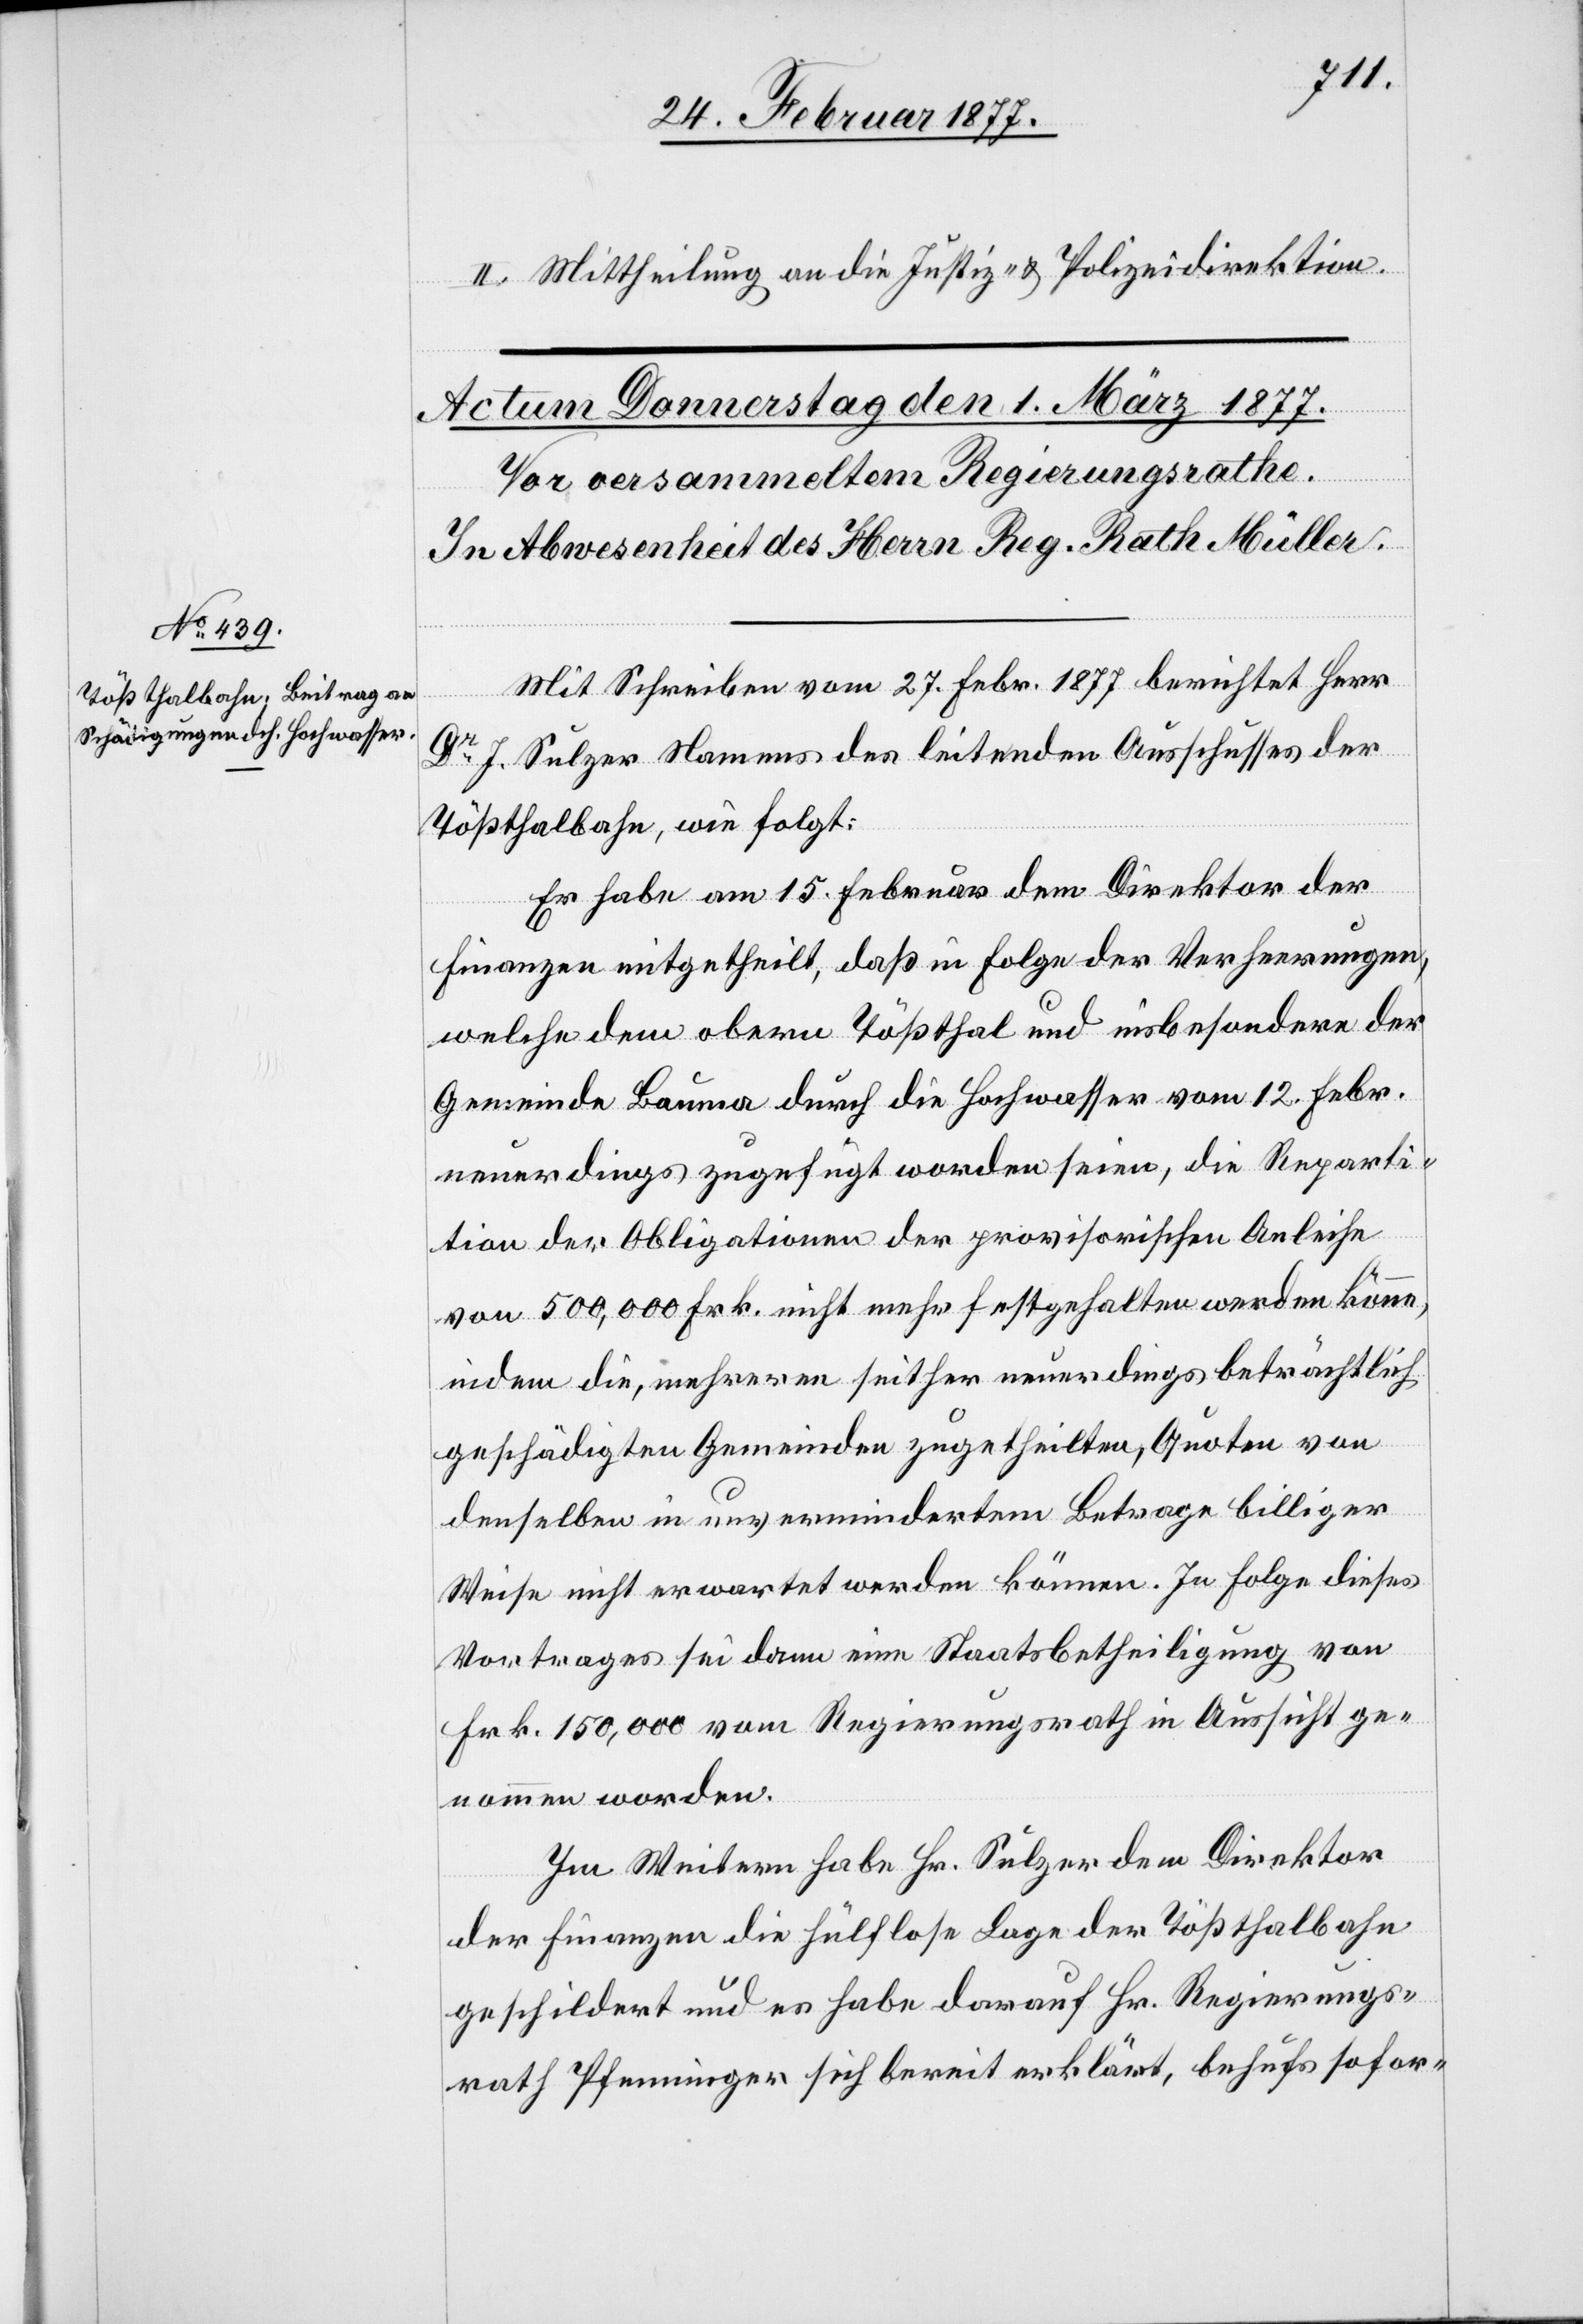
II. Mittheilung an die Justiz- & Polizeidirektion.
Mit Schreiben vom 27. Febr. 1877 berichtet Herr
J.
Sulzer Namens des leitenden Ausschusses der
Tößthalbahn, wie folgt:
Er habe am 15. Februar dem Direktor der
Finanzen mitgetheilt, daß in Folge der Verheerungen,
welche dem obern Tößthal und insbesondere der
Gemeinde Bauma durch die Hochwasser vom 12. Febr.
neuerdings zugefügt worden seien, die Repara¬
tion der Obligationen der provisorischen Anleihe
von 500,000 Frk. nicht mehr festgehalten werden könne,
indem die, mehreren seither neuerdings beträchtlich
geschädigten Gemeinden zugetheilten, Quoten von
denselben in unvermindertem Betrage billiger
Weise nicht erwartet werden können. In Folge dieses
Vortrages sei dann eine Staatsbetheiligung von
Frk. 150,000 vom Regierungsrath in Aussicht ge¬
nommen worden.
Im Weitern habe Hr. Sulzer dem Direktor
der Finanzen die hülflose Lage der Tößthalbahn
geschildert und es habe darauf Hr. Regierungs¬
rath Pfenninger sich bereit erklärt, behufs sofor-